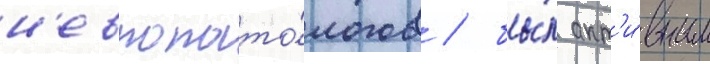
н'европато́логов / бы́л акт'и́вным